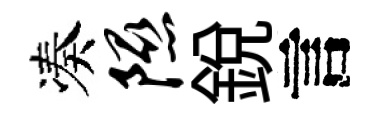
凑隰銳言